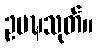
ဥပဍ္ဎသုတ်။